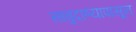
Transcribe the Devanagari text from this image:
साबुदाण्यापासून